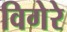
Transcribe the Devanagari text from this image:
विगेरे